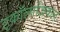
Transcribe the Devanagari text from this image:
इकॉलाजिकल